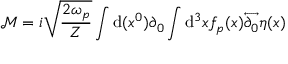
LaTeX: { \mathcal { M } } = i { \sqrt { \frac { 2 \omega _ { p } } { Z } } } \int \mathrm { d } ( x ^ { 0 } ) \partial _ { 0 } \int \mathrm { d } ^ { 3 } x f _ { p } ( x ) { \overleftrightarrow { \partial _ { 0 } } } \eta ( x )